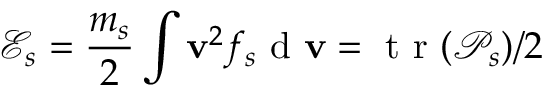
\mathcal { E } _ { s } = \frac { m _ { s } } { 2 } \int \mathbf { v } ^ { 2 } f _ { s } \mathrm { ~ d ~ } \mathbf { v } = \mathrm { ~ t ~ r ~ } ( \mathcal { P } _ { s } ) / 2